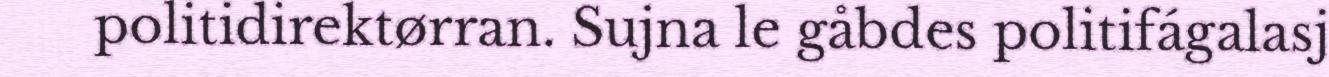
politidirektørran. Sujna le gåbdes politifágalasj